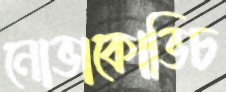
নোভাকোভিচ